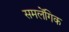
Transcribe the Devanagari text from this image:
समलेंगिक